Eesti_Vabariigi_Tartu_Ulikool, lk 88
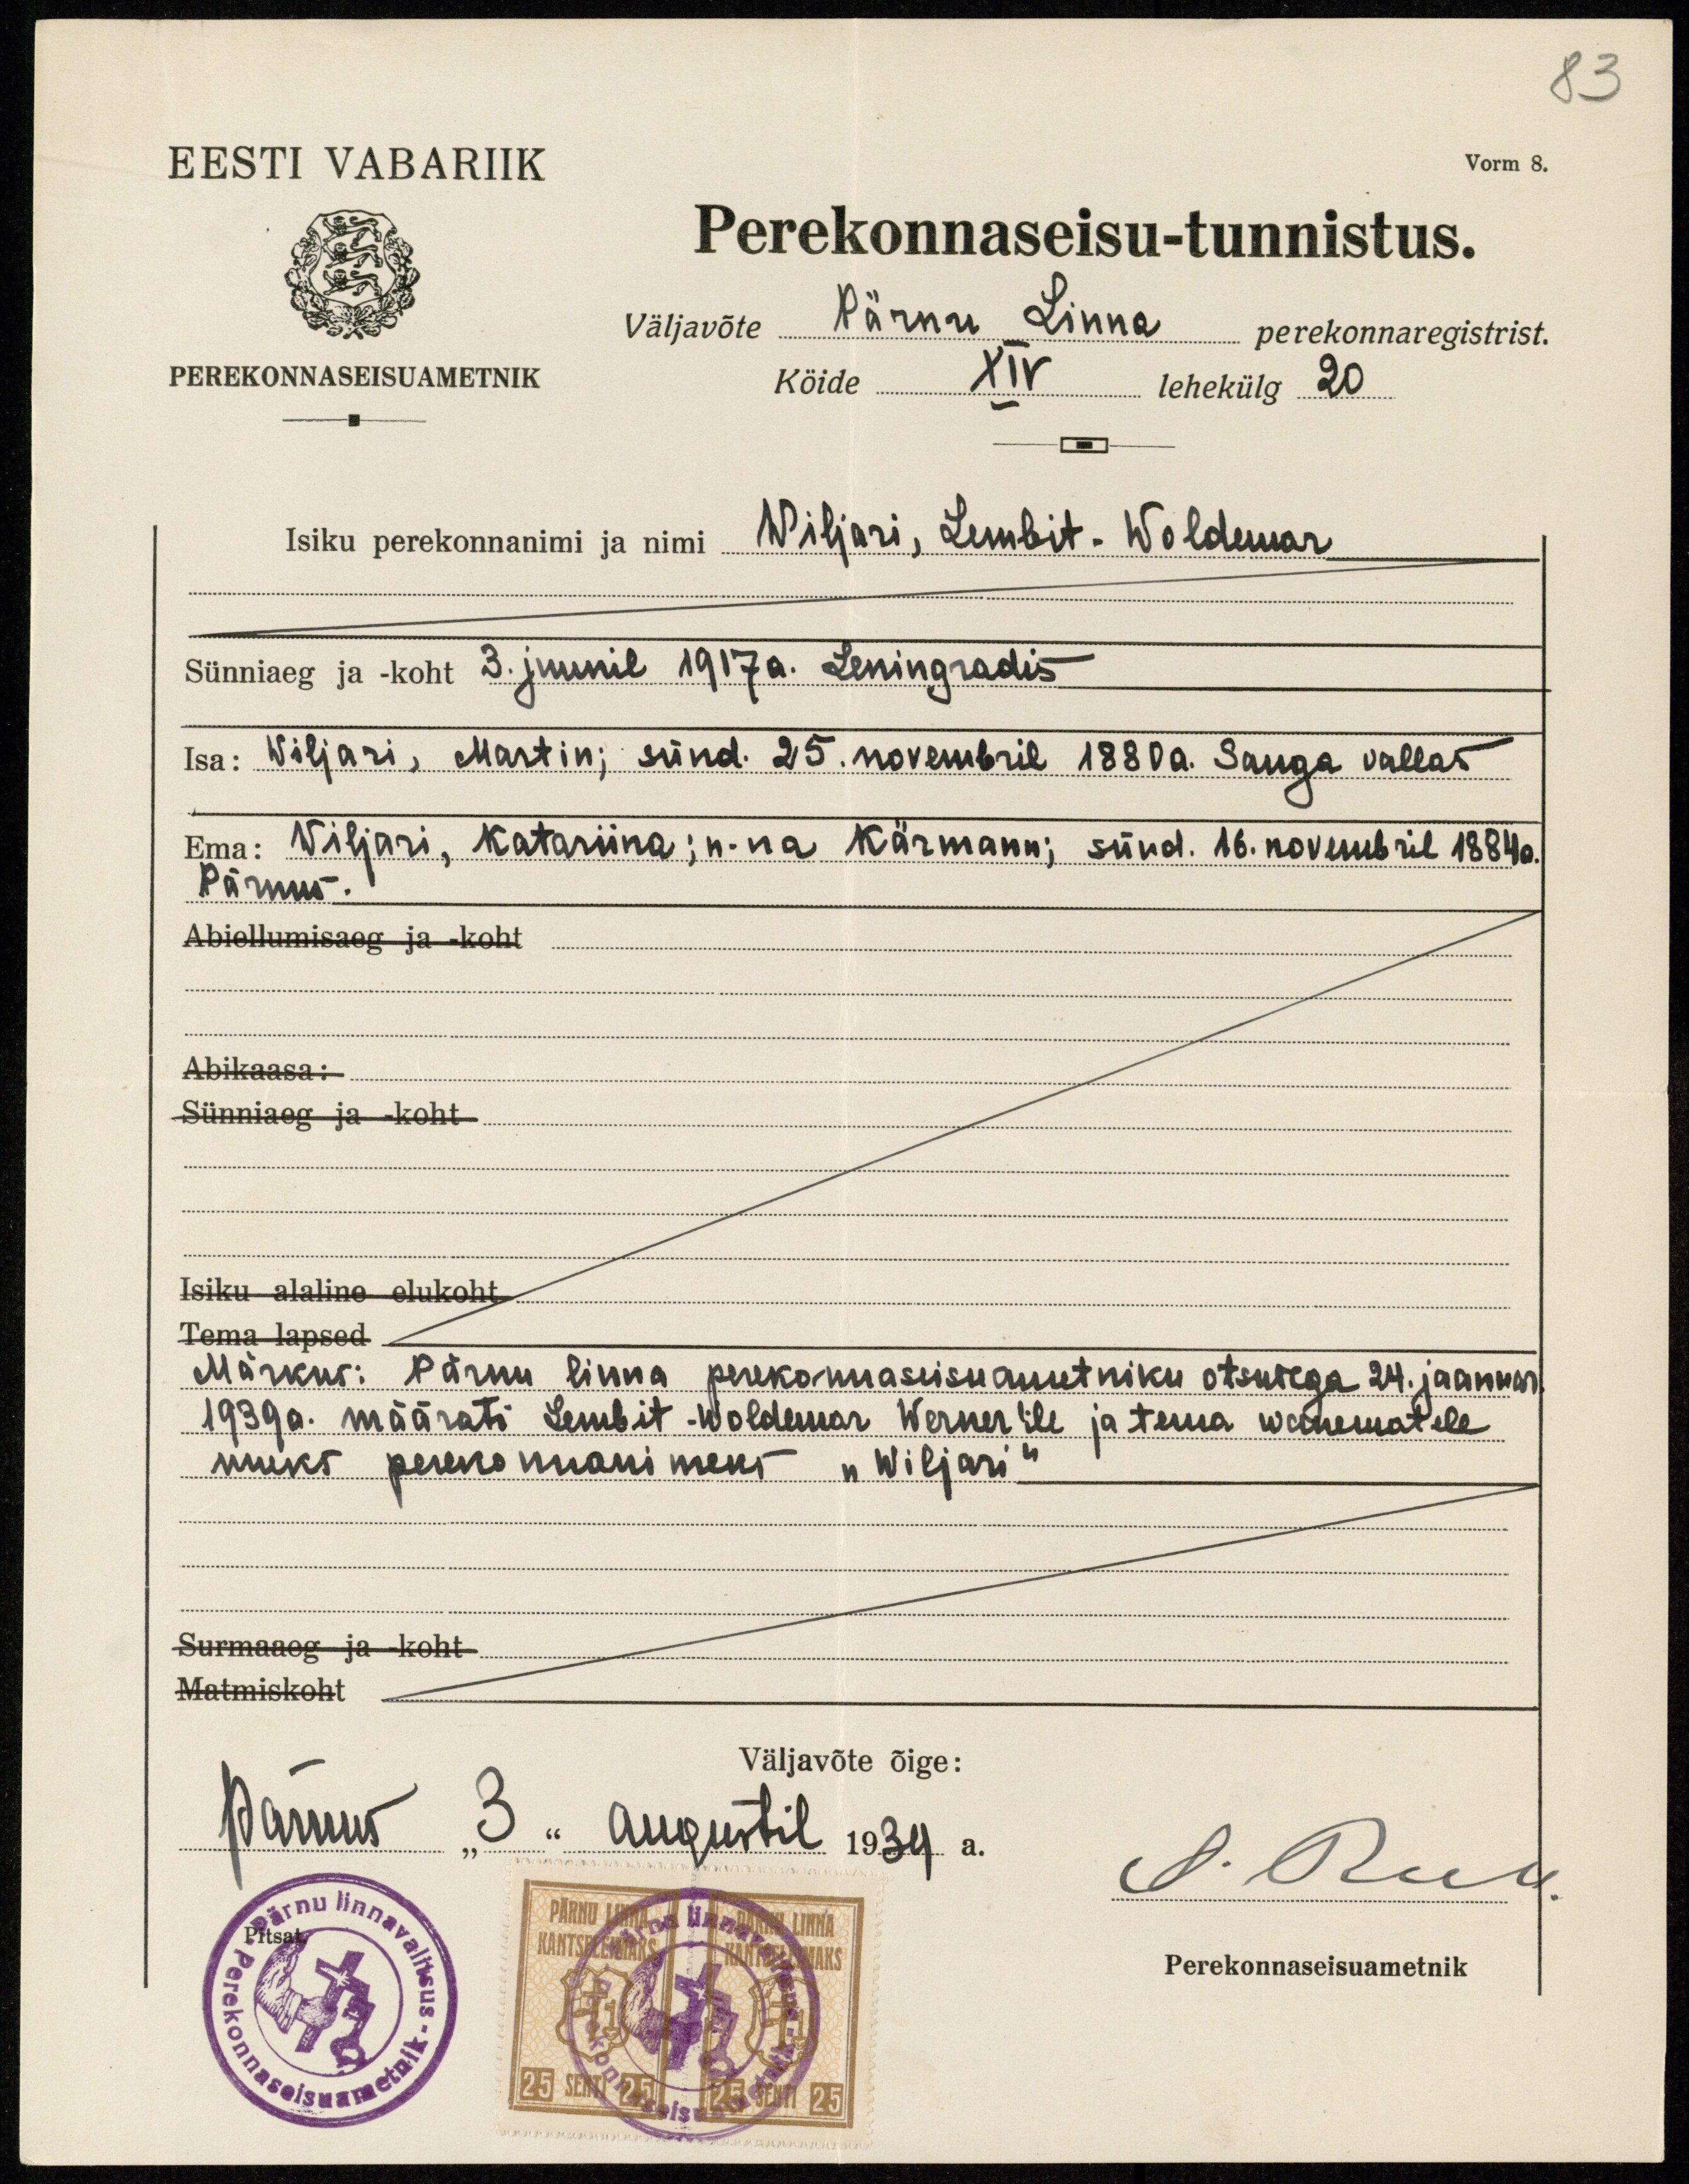
83
Vorm 8.
EESTI VABARIIK
PEREKONNASEISUAMETNIK
Perekonnaseisu-tunnistus.
Väljavõte Pärnu Linna perekonnaregistrist.
Köide XIV lehekülg 20
Isiku perekonnanimi ja nimi Wiljari, Lembit-Woldemar
Sünniaeg ja koht 3. juunil 1917 a. Leningradis
Isa: Wiljari, Martin; sünd. 25. novembril 1880 a. Sauga vallas
Ema: Wiljari, Katariina; n-na Kärmann; sünd. 16. novembril 1884a.
Pärnus.
Abiellumisaeg ja -koht
Abikaasa:
Sünniaeg ja -koht
Isiku alaline elukoht.
Tema lapsed.
Märkus: Pärnu linna perekonnaseisuametniku otsusega 24. jaanuar.
1939a. määrati Lembit-Woldemar Werner'ile ja tema wanematele
uueks perekonnanimeks "Wiljari".
Surmaaeg ja koht
Matmiskoht
Väljavõte õige:
Pärnus "3" augustil 1934 a.
S. Rub.
Perekonnaseisuametnik